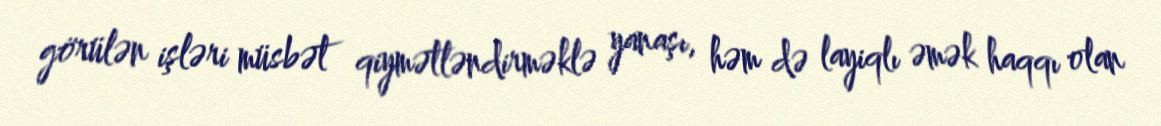
görülən işləri müsbət qiymətləndirməklə yanaşı, həm də layiqlı əmək haqqı olan